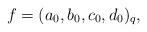
LaTeX: \begin{align*}f = (a_0,b_0,c_0,d_0)_q,\end{align*}